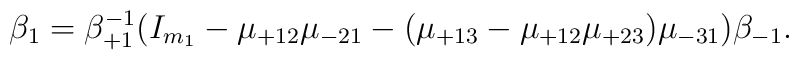
\beta_1 = \beta_{+1}^{-1} (I_{m_1} - \mu_{+12} \mu_{-21} - (\mu_{+13}- \mu_{+12} \mu_{+23}) \mu_{-31}) \beta_{-1}.